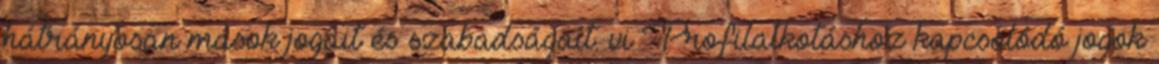
hátrányosan mások jogait és szabadságait. vi Profilalkotáshoz kapcsolódó jogok